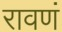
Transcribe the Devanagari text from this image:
रावणं